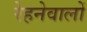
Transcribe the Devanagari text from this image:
रेहनेवालों